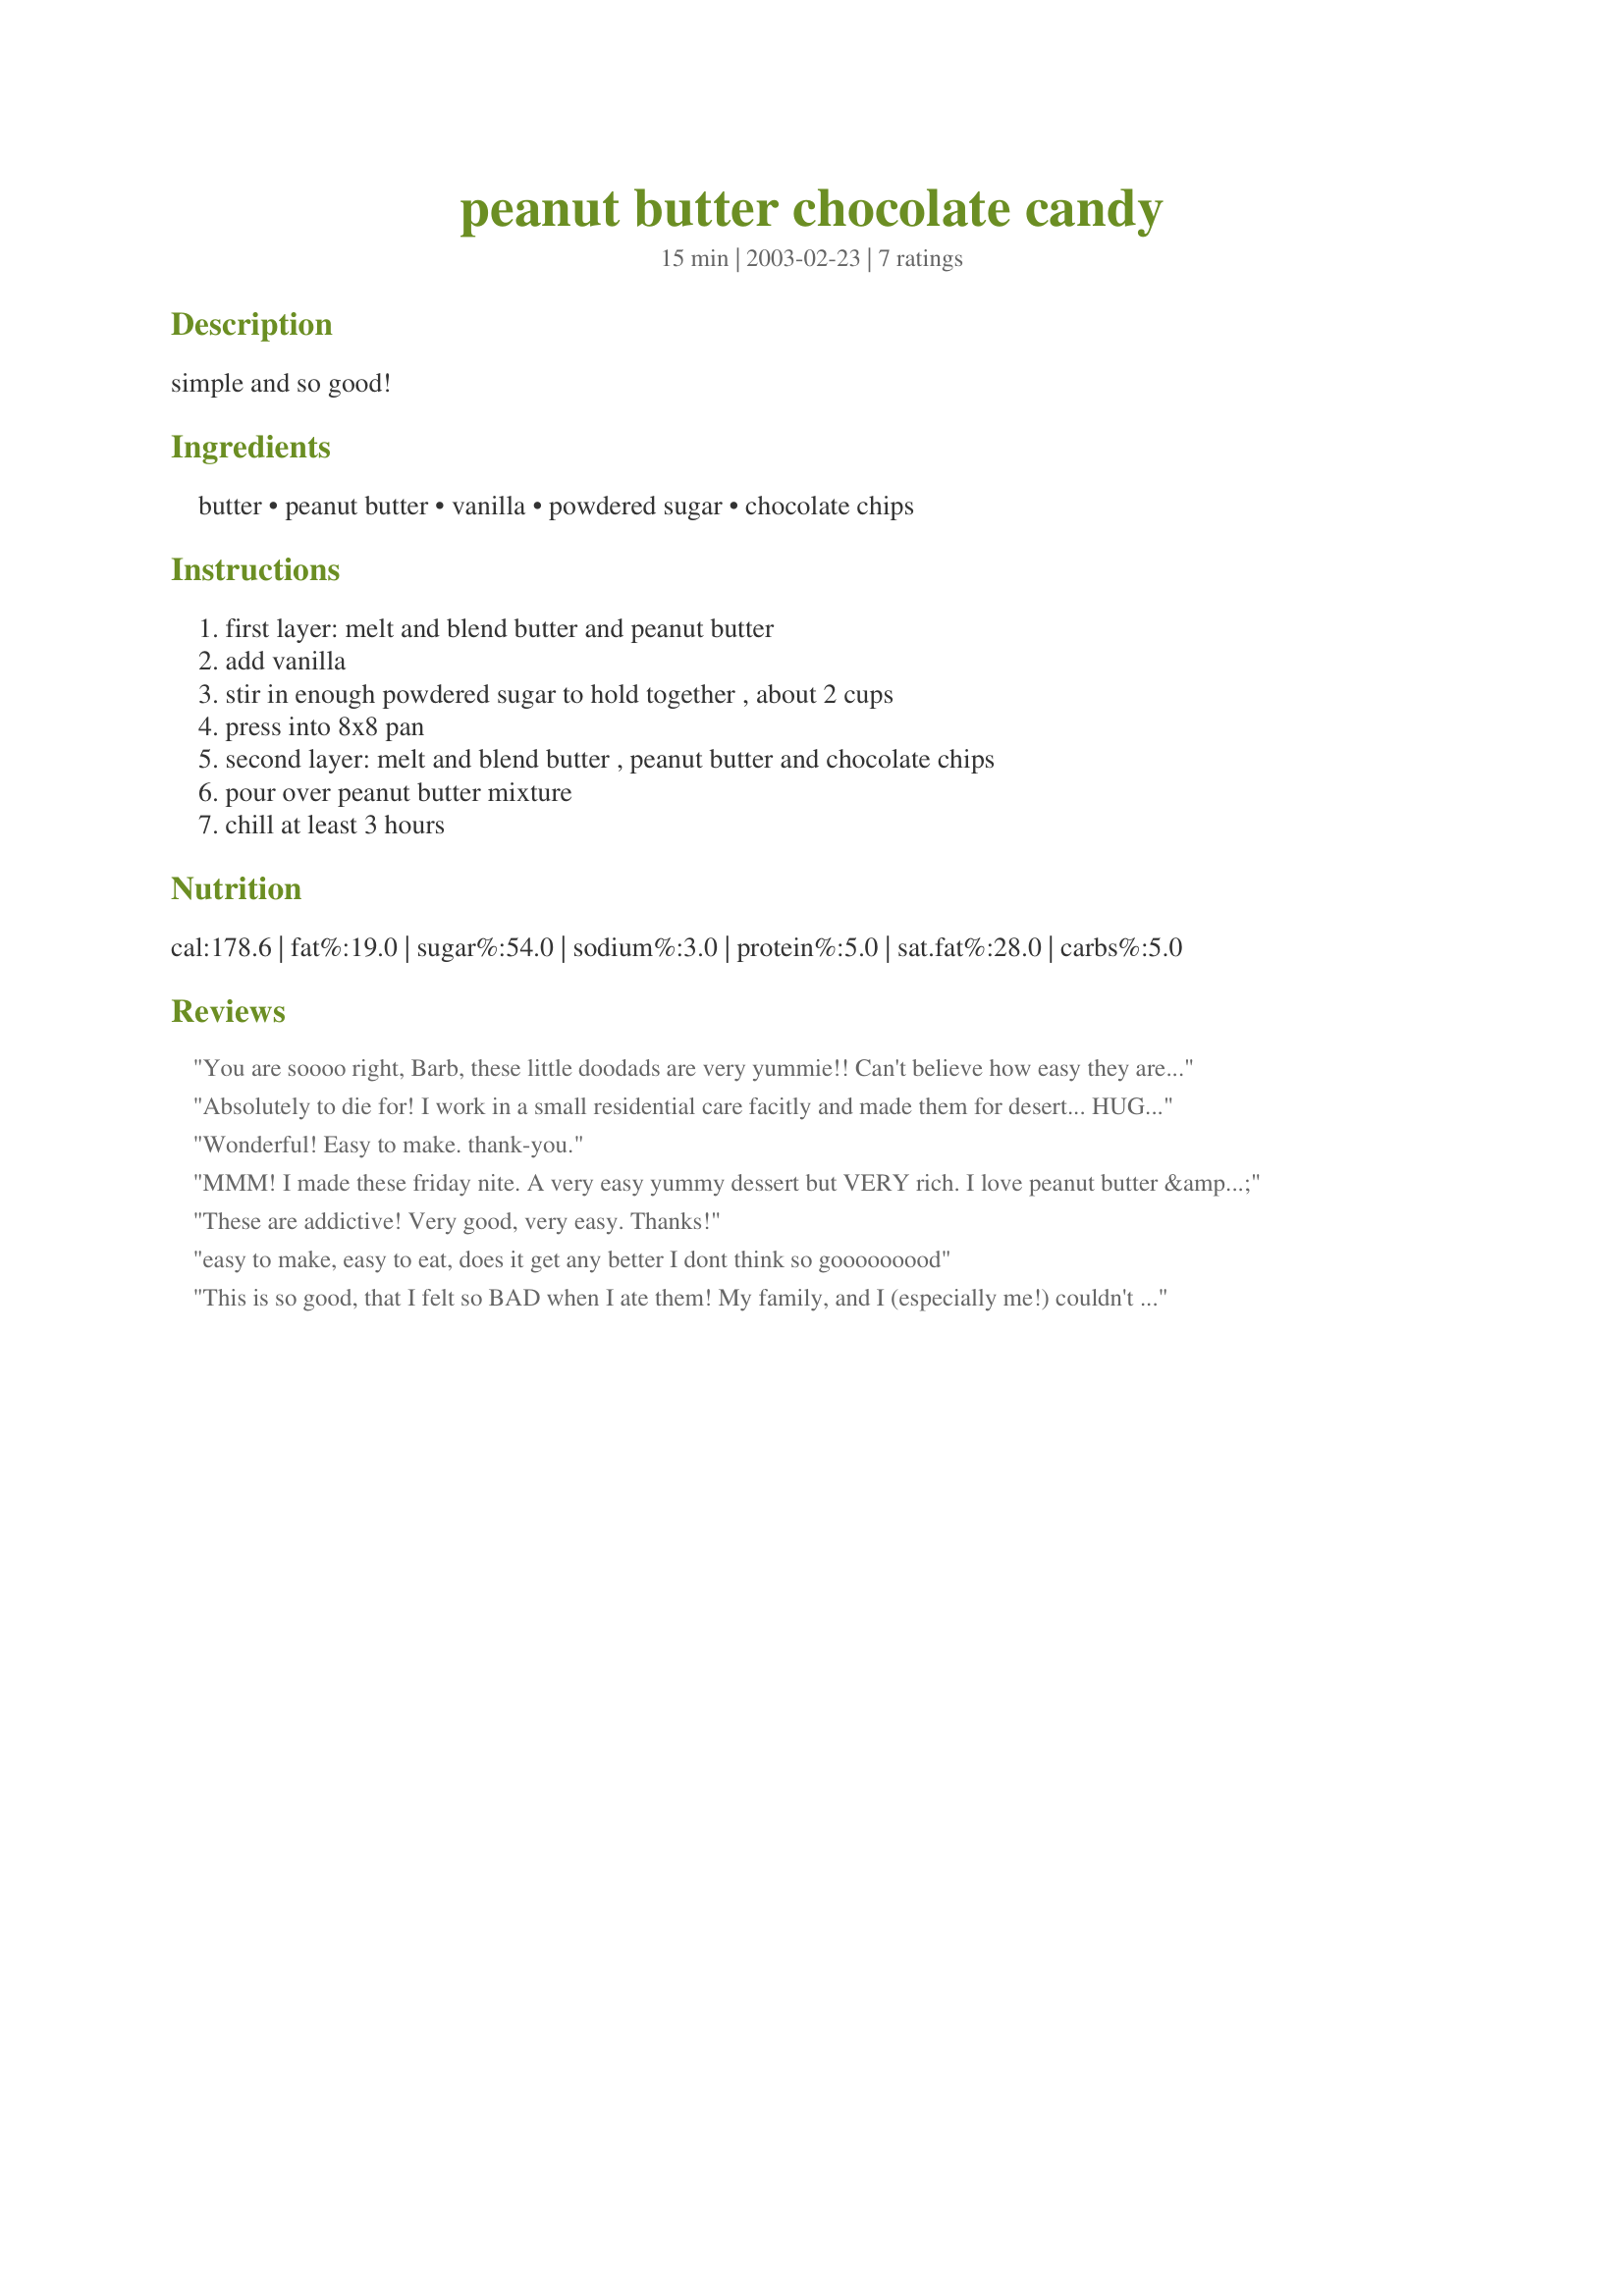
peanut butter chocolate candy
Preparation time: 15 minutes

simple and so good!

Ingredients:
butter, peanut butter, vanilla, powdered sugar, chocolate chips

Steps:
first layer: melt and blend butter and peanut butter, add vanilla, stir in enough powdered sugar to hold together , about 2 cups, press into 8x8 pan, second layer: melt and blend butter , peanut butter and chocolate chips, pour over peanut butter mixture, chill at least 3 hours

Reviews:
You are soooo right, Barb, these little doodads are very yummie!! Can't believe how easy they are to toss together and chill...I did find that the longer they stay in the fridge, the better they taste, ie., 3 or 4 days...Pa 'n I got a few leftovers, and the kids snurfed up the rest!!
A huge "Winner", for sure!! Thanks for sharing...We'll be doing this one again!!
Laudee
Absolutely to die for! I work in a small residential care facitly and made them for desert... HUGE hit! thanks a bunch
Wonderful! Easy to make. thank-you.
MMM! I made these friday nite. A very easy yummy dessert but VERY rich. I love peanut butter & chocolate together and this was no exception. Thanks!
These are addictive! Very good, very easy. Thanks!
easy to make, easy to eat, does it get any better I dont think so gooooooood
This is so good, that I felt so BAD when I ate them! My family, and I (especially me!) couldn't leave them alone. Definitely going to join our treats for the holidays! Simply Wonderful!!!
